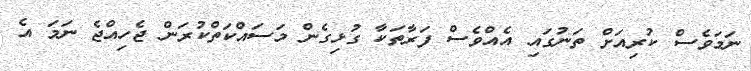
ނަމަވެސް ކުރިއަށް ތަނުގައި އެއްވެސް ފަރާތަކާ ގުޅިގެން މަސައްކަތްކުރަން ޖެހިއްޖެ ނަމަ އެ